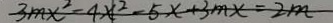
- 3 m x ^ { 2 } - 4 x ^ { 2 } - 5 x + 3 m x = 2 m